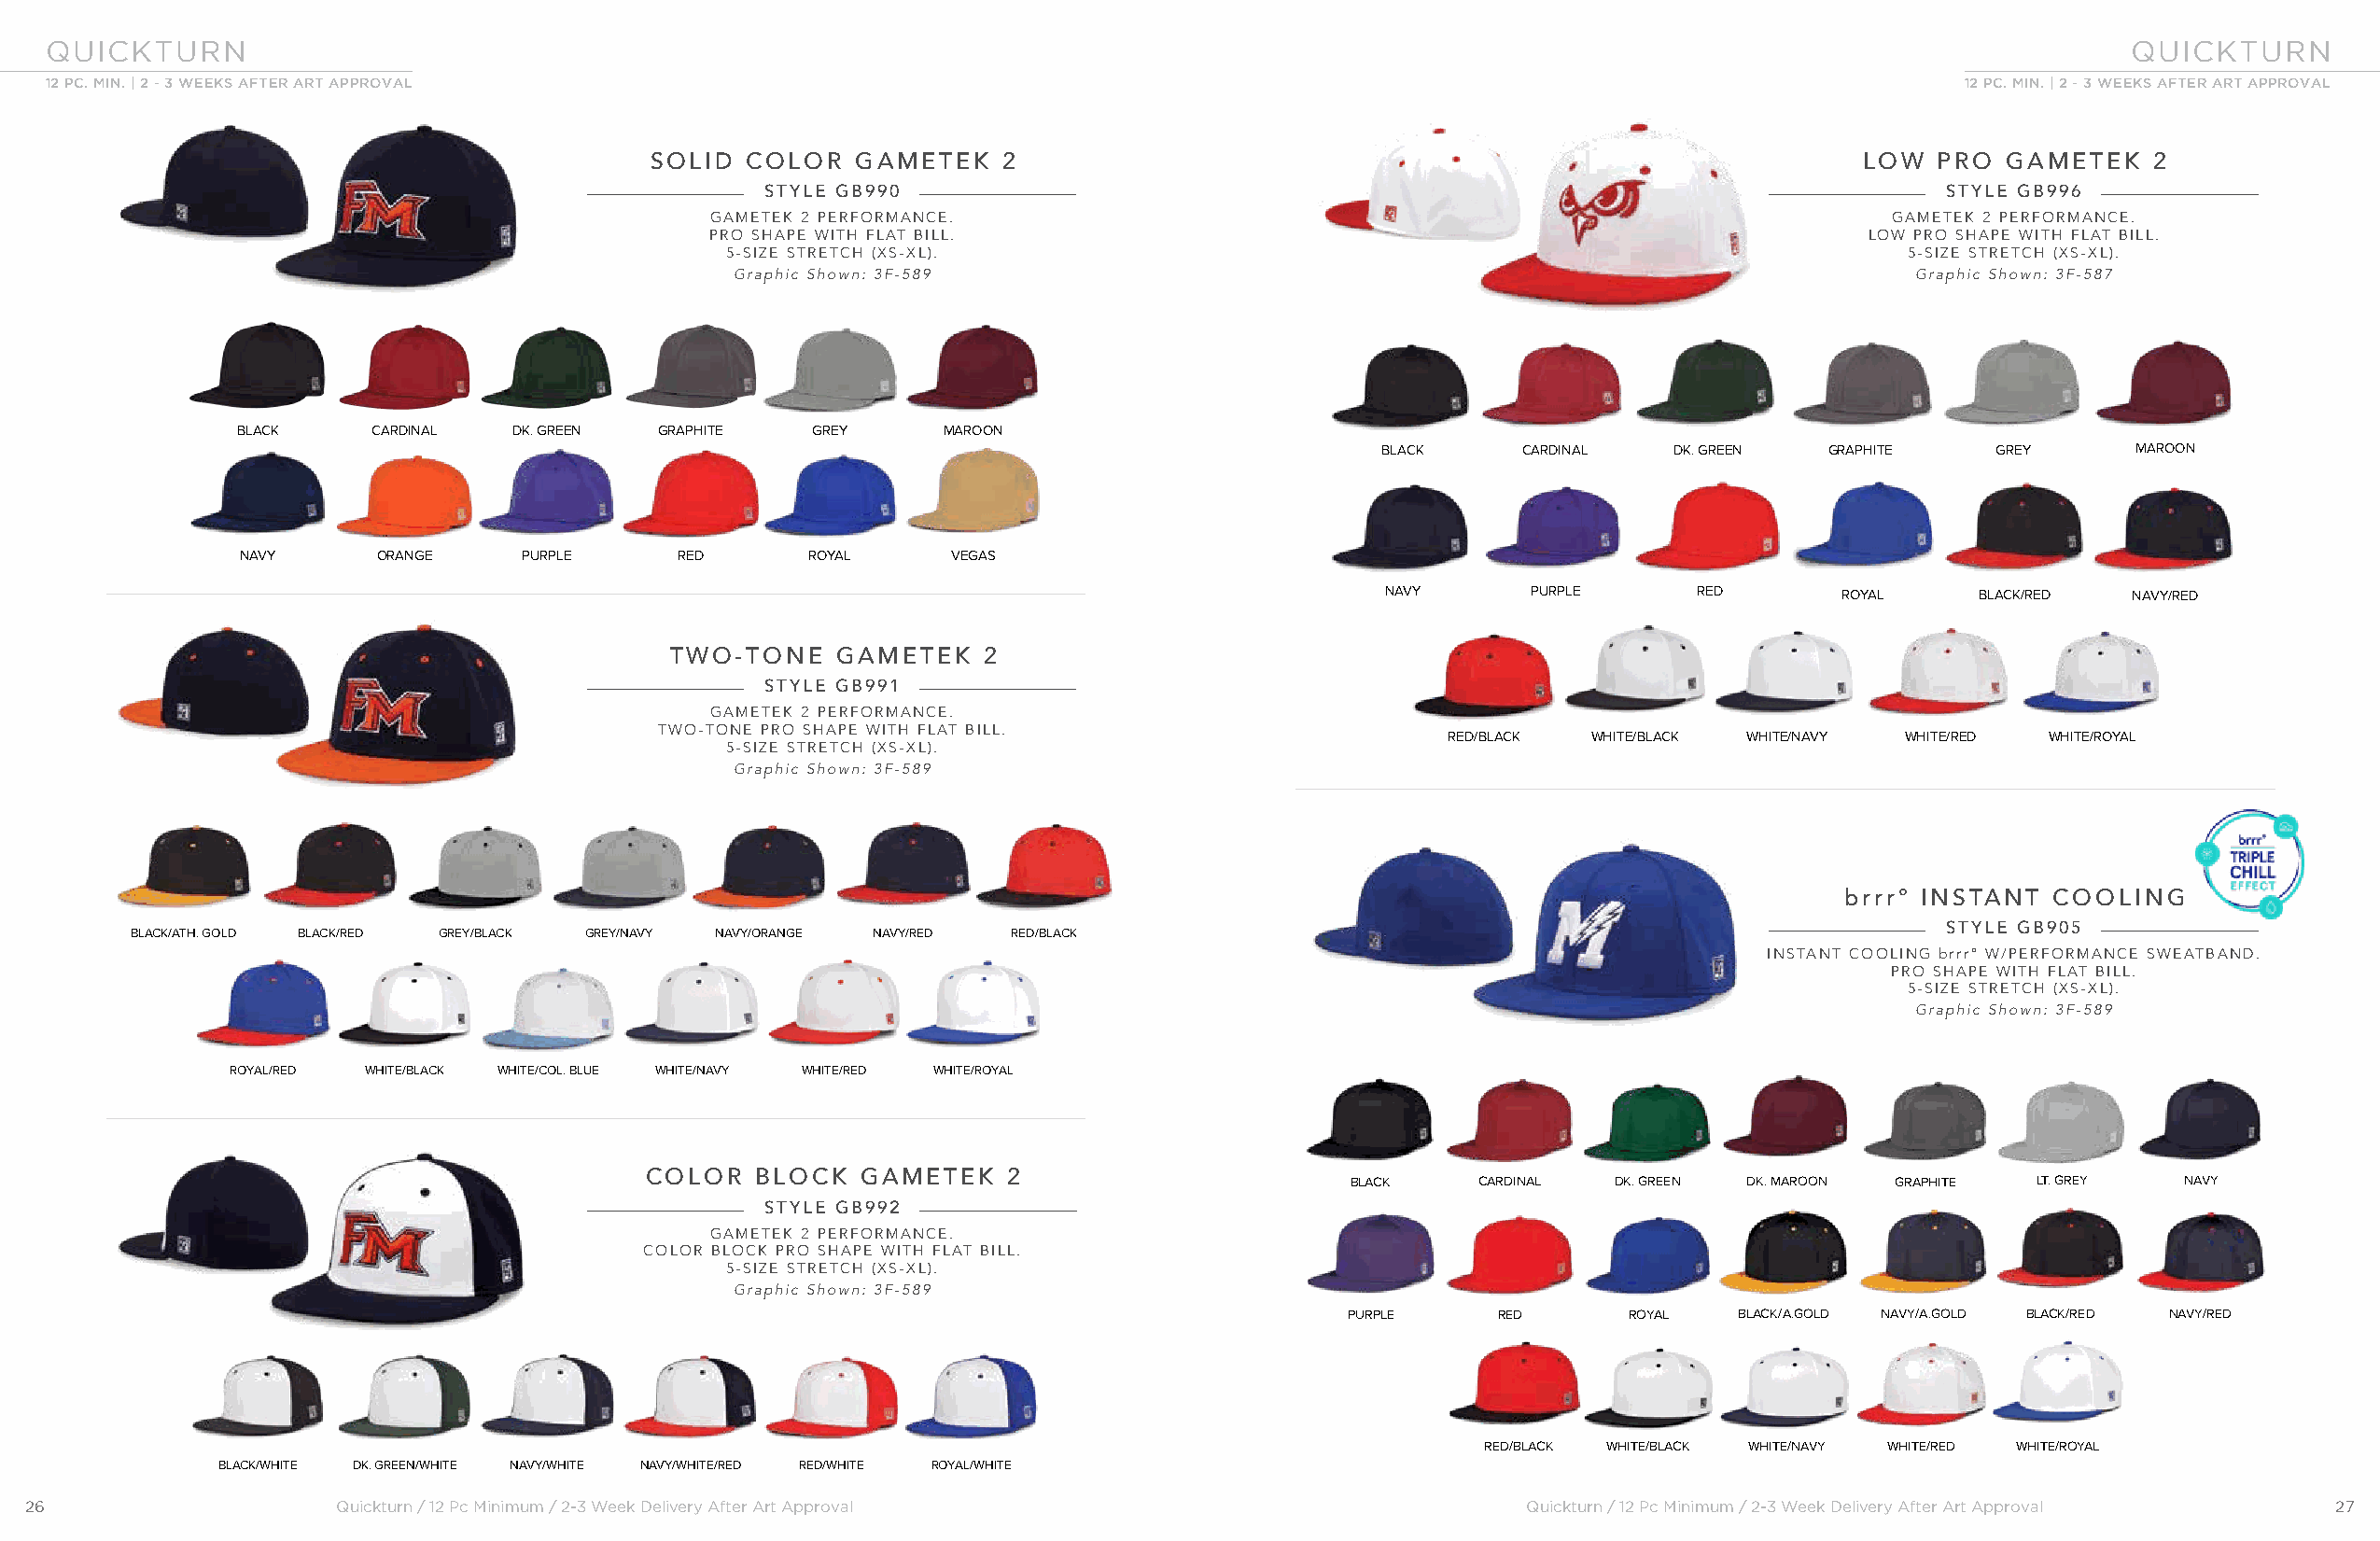
QUICKTURN                                                                                                                                           QUICKTURN
 12 PC. MIN. | 2 - 3 WEEKS AFTER ART APPROVAL                                                                                            12 PC. MIN. | 2 - 3 WEEKS AFTER ART APPROVAL
 SOLID  COLOR   GAMETEK   2                                                            LOW  PRO  GAMETEK    2
 STYLE GB990                                                                         STYLE GB996
 GAMETEK 2 PERFORMANCE.                                                              GAMETEK 2 PERFORMANCE.
 PRO SHAPE WITH FLAT BILL.                                                          LOW PRO SHAPE WITH FLAT BILL.
 5-SIZE STRETCH (XS-XL).                                                            5-SIZE STRETCH (XS-XL).
 Graphic Shown: 3F-589                                                               Graphic Shown: 3F-587
 BLACK    CARDINAL  DK. GREEN  GRAPHITE   GREY     MAROON
 BLACK     CARDINAL   DK. GREEN  GRAPHITE    GREY     MAROON
 NAVY      ORANGE    PURPLE     RED      ROYAL     VEGAS
 NAVY       PURPLE     RED        ROYAL    BLACK/RED  NAVY/RED
 TWO-TONE   GAMETEK    2
 STYLE GB991
 GAMETEK 2 PERFORMANCE.
 TWO-TONE PRO SHAPE WITH FLAT BILL.
 RED/BLACK WHITE/BLACK WHITE/NAVY WHITE/RED WHITE/ROYAL
 5-SIZE STRETCH (XS-XL).
 Graphic Shown: 3F-589
 brrr° INSTANT COOLING
 STYLE GB905
 BLACK/ATH. GOLD BLACK/RED GREY/BLACK GREY/NAVY NAVY/ORANGE NAVY/RED RED/BLACK
 INSTANT COOLING brrr° W/PERFORMANCE SWEATBAND.
 PRO SHAPE WITH FLAT BILL.
 5-SIZE STRETCH (XS-XL).
 Graphic Shown: 3F-589
 ROYAL/RED WHITE/BLACK WHITE/COL. BLUE WHITE/NAVY WHITE/RED WHITE/ROYAL
 COLOR   BLOCK  GAMETEK   2
 BLACK    CARDINAL  DK. GREEN DK. MAROON GRAPHITE LT. GREY  NAVY
 STYLE GB992
 GAMETEK 2 PERFORMANCE.
 COLOR BLOCK PRO SHAPE WITH FLAT BILL.
 5-SIZE STRETCH (XS-XL).
 Graphic Shown: 3F-589
 PURPLE    RED       ROYAL  BLACK/A.GOLD NAVY/A.GOLD BLACK/RED NAVY/RED
 RED/BLACK WHITE/BLACK WHITE/NAVY WHITE/RED WHITE/ROYAL
 BLACK/WHITE DK. GREEN/WHITE NAVY/WHITE NAVY/WHITE/RED RED/WHITE ROYAL/WHITE
 26                    Quickturn / 12 Pc Minimum / 2-3 Week Delivery After Art Approval                    Quickturn / 12 Pc Minimum / 2-3 Week Delivery After Art Approval 27